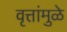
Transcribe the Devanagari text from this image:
वृत्तांमुळे